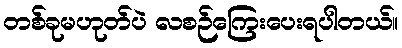
တစ်ခုမဟုတ်ပဲ လစဉ်ကြေးပေးရပါတယ်။